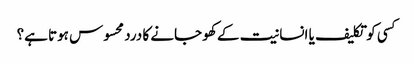
کسی کو تکلیف یا انسانیت کے کھو جانے کا درد محسوس ہوتا ہے؟